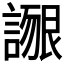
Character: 𲁴